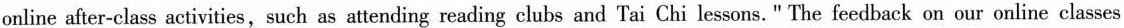
online after-class activities,such as attending reading clubs and Tai Chi lessons." The feedback on our online classes